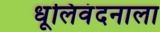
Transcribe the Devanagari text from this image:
धूलिवंदनाला